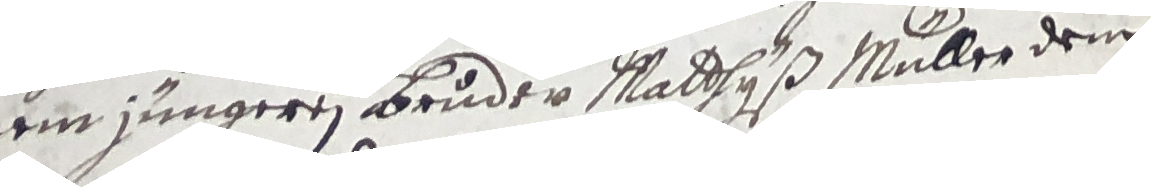
nein jungeren bruder Matthyß Müller dem